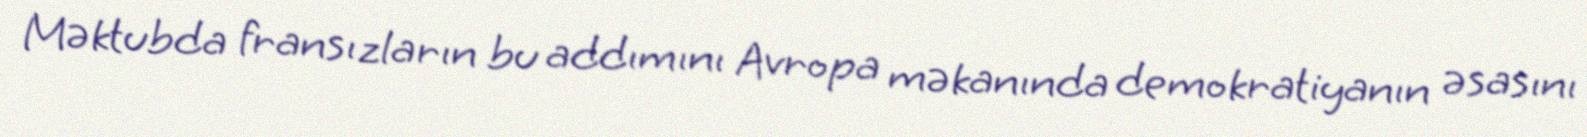
Məktubda fransızların bu addımını Avropa məkanında demokratiyanın əsasını